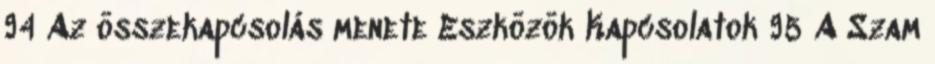
94 Az összekapcsolás menete Eszközök Kapcsolatok 95 A Szam